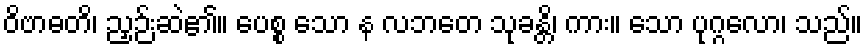
ဝိဗာဓတိ၊ ညှဉ်းဆဲ၏။ ပေစ္စ သော န လဘတေ သုခန္တိ၊ ကား။ သော ပုဂ္ဂလော၊ သည်။